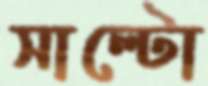
সাল্টো